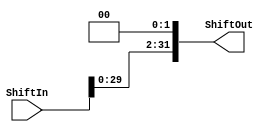
`timescale 1ns / 1ps

module shift2(ShiftIn, ShiftOut);

	input [31:0] ShiftIn;
	output reg [31:0] ShiftOut;
	always @(*)
	begin
	  ShiftOut <= (ShiftIn << 2 );
	end

endmodule